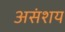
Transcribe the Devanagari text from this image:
असंशय